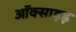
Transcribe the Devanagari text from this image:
ऑक्साइड़